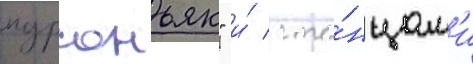
пурсоньяк" и́ с та́нцам'и